Bréfritari: Sigríður Guðmundsdóttir
Viðtakandi: Jón Borgfirðings Jónsson
Dagsetning: A-1858-11-18
Skrifað á: Reykjavík  Gull.

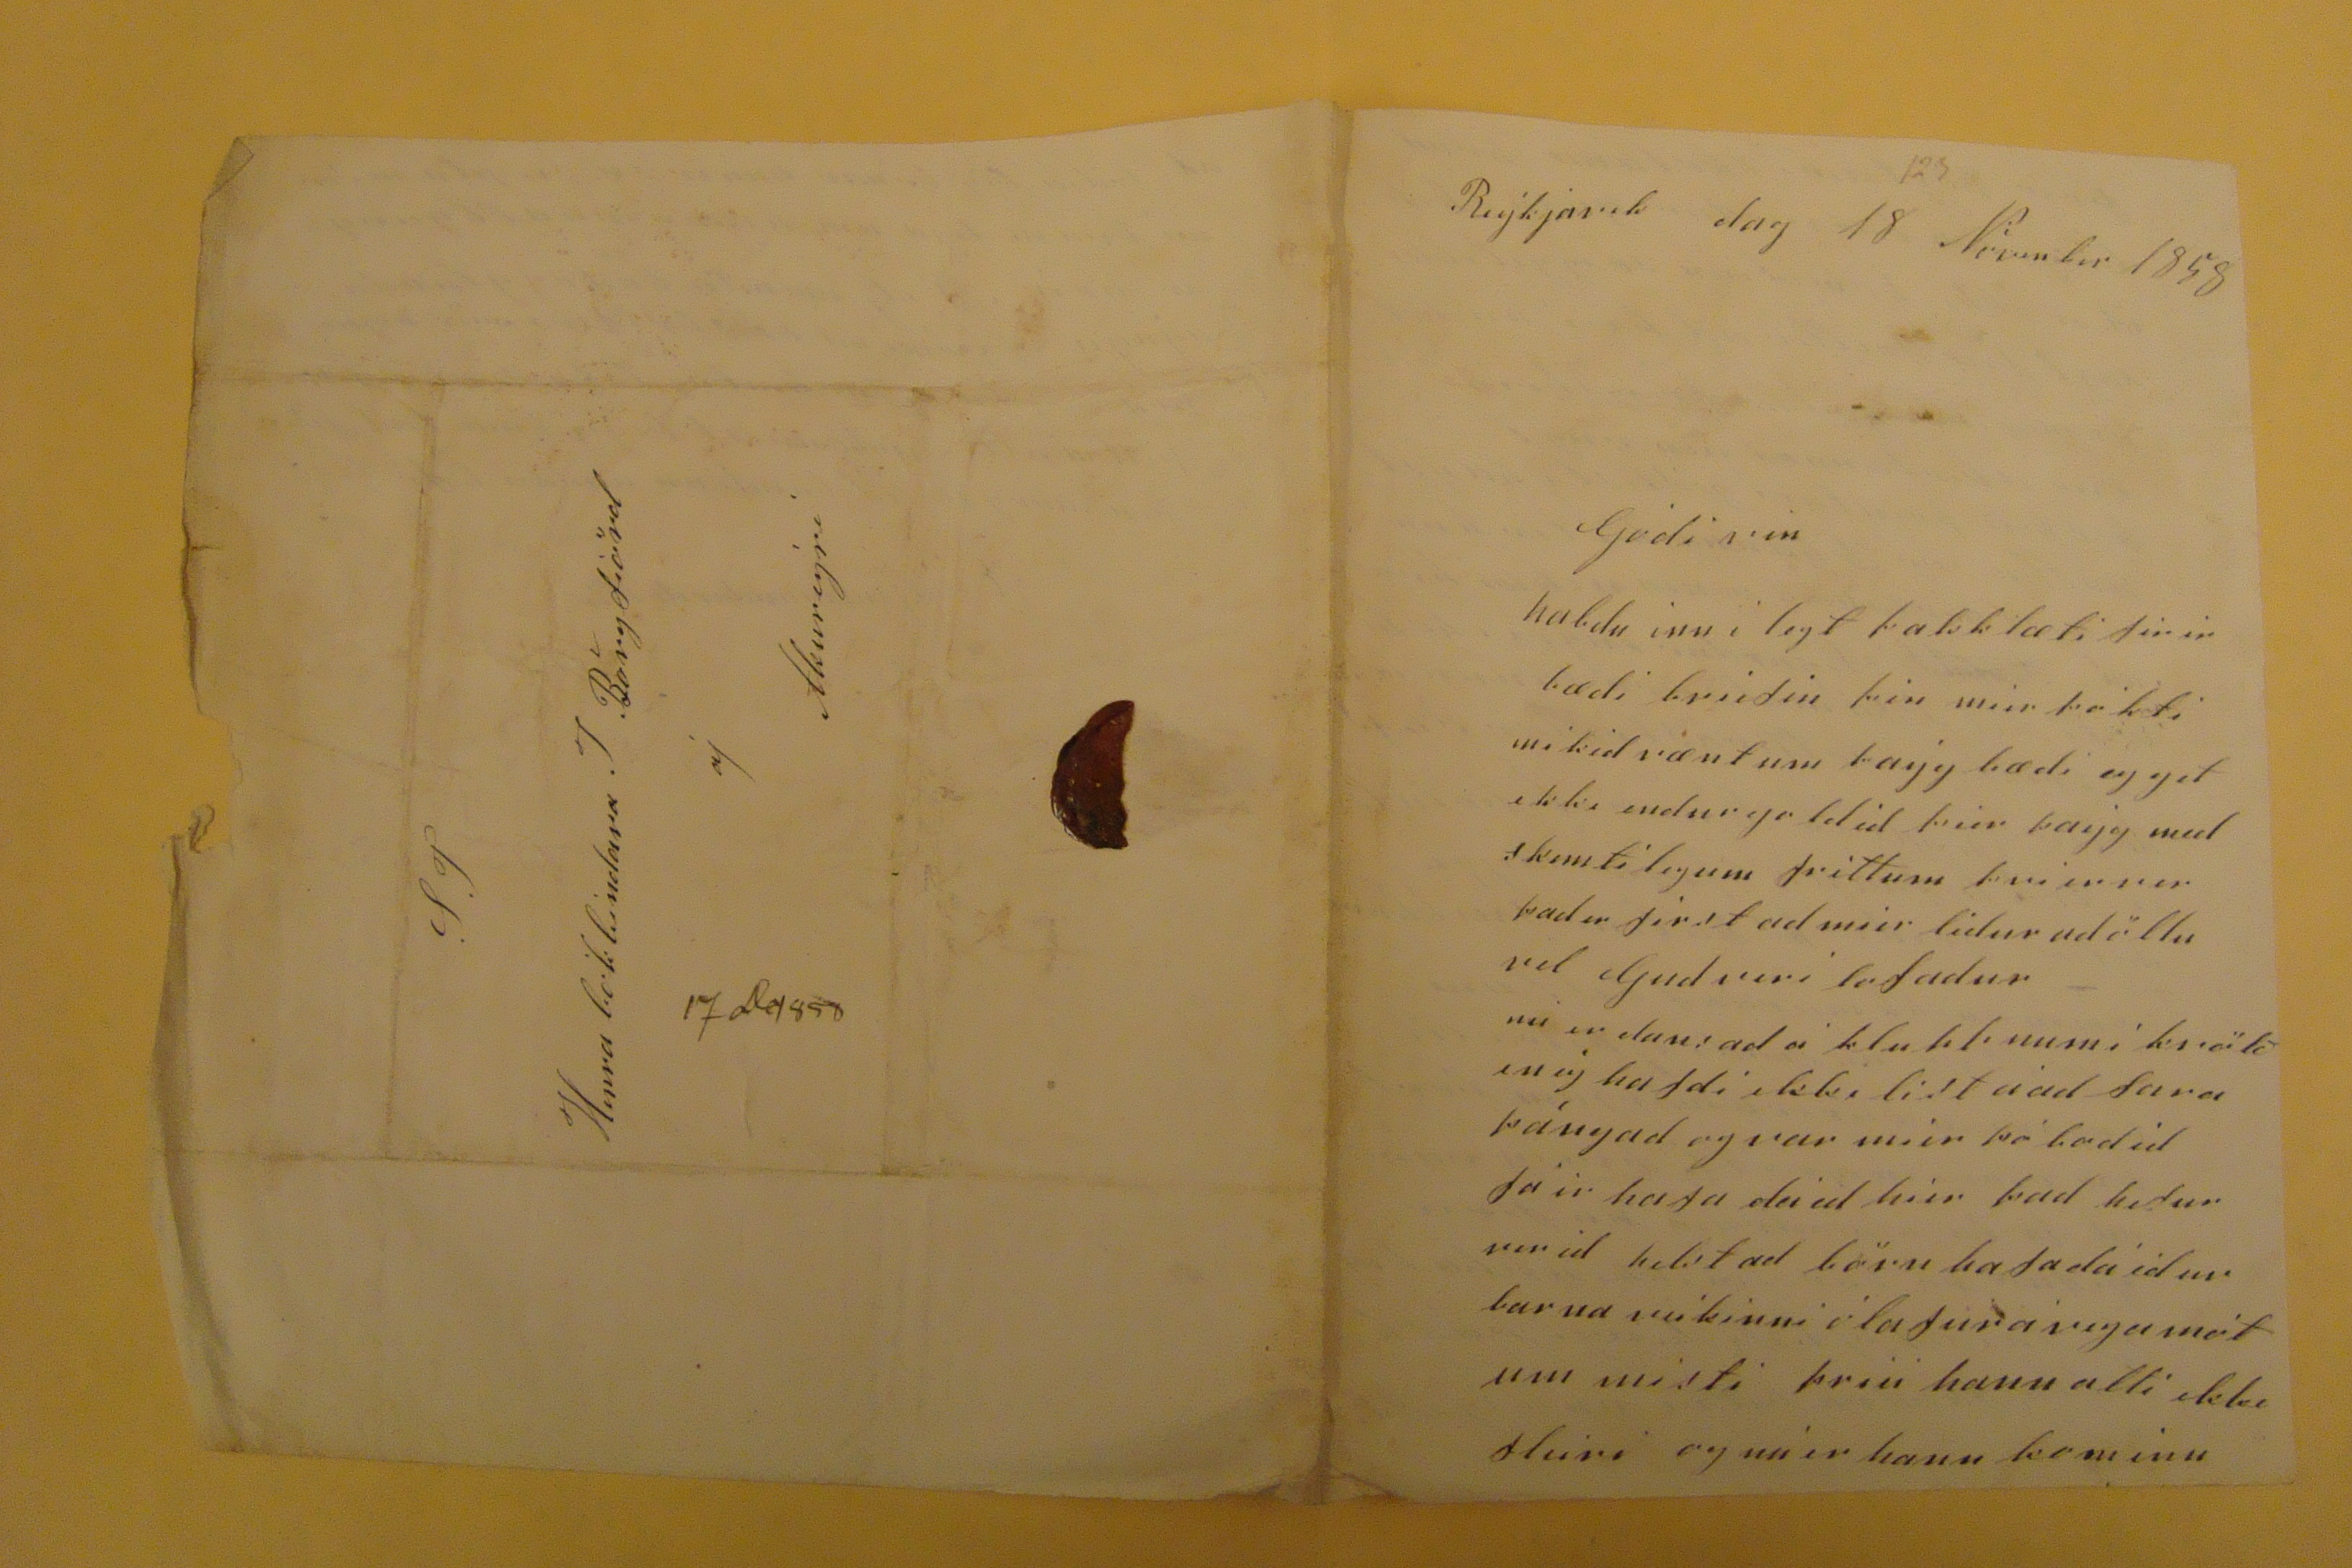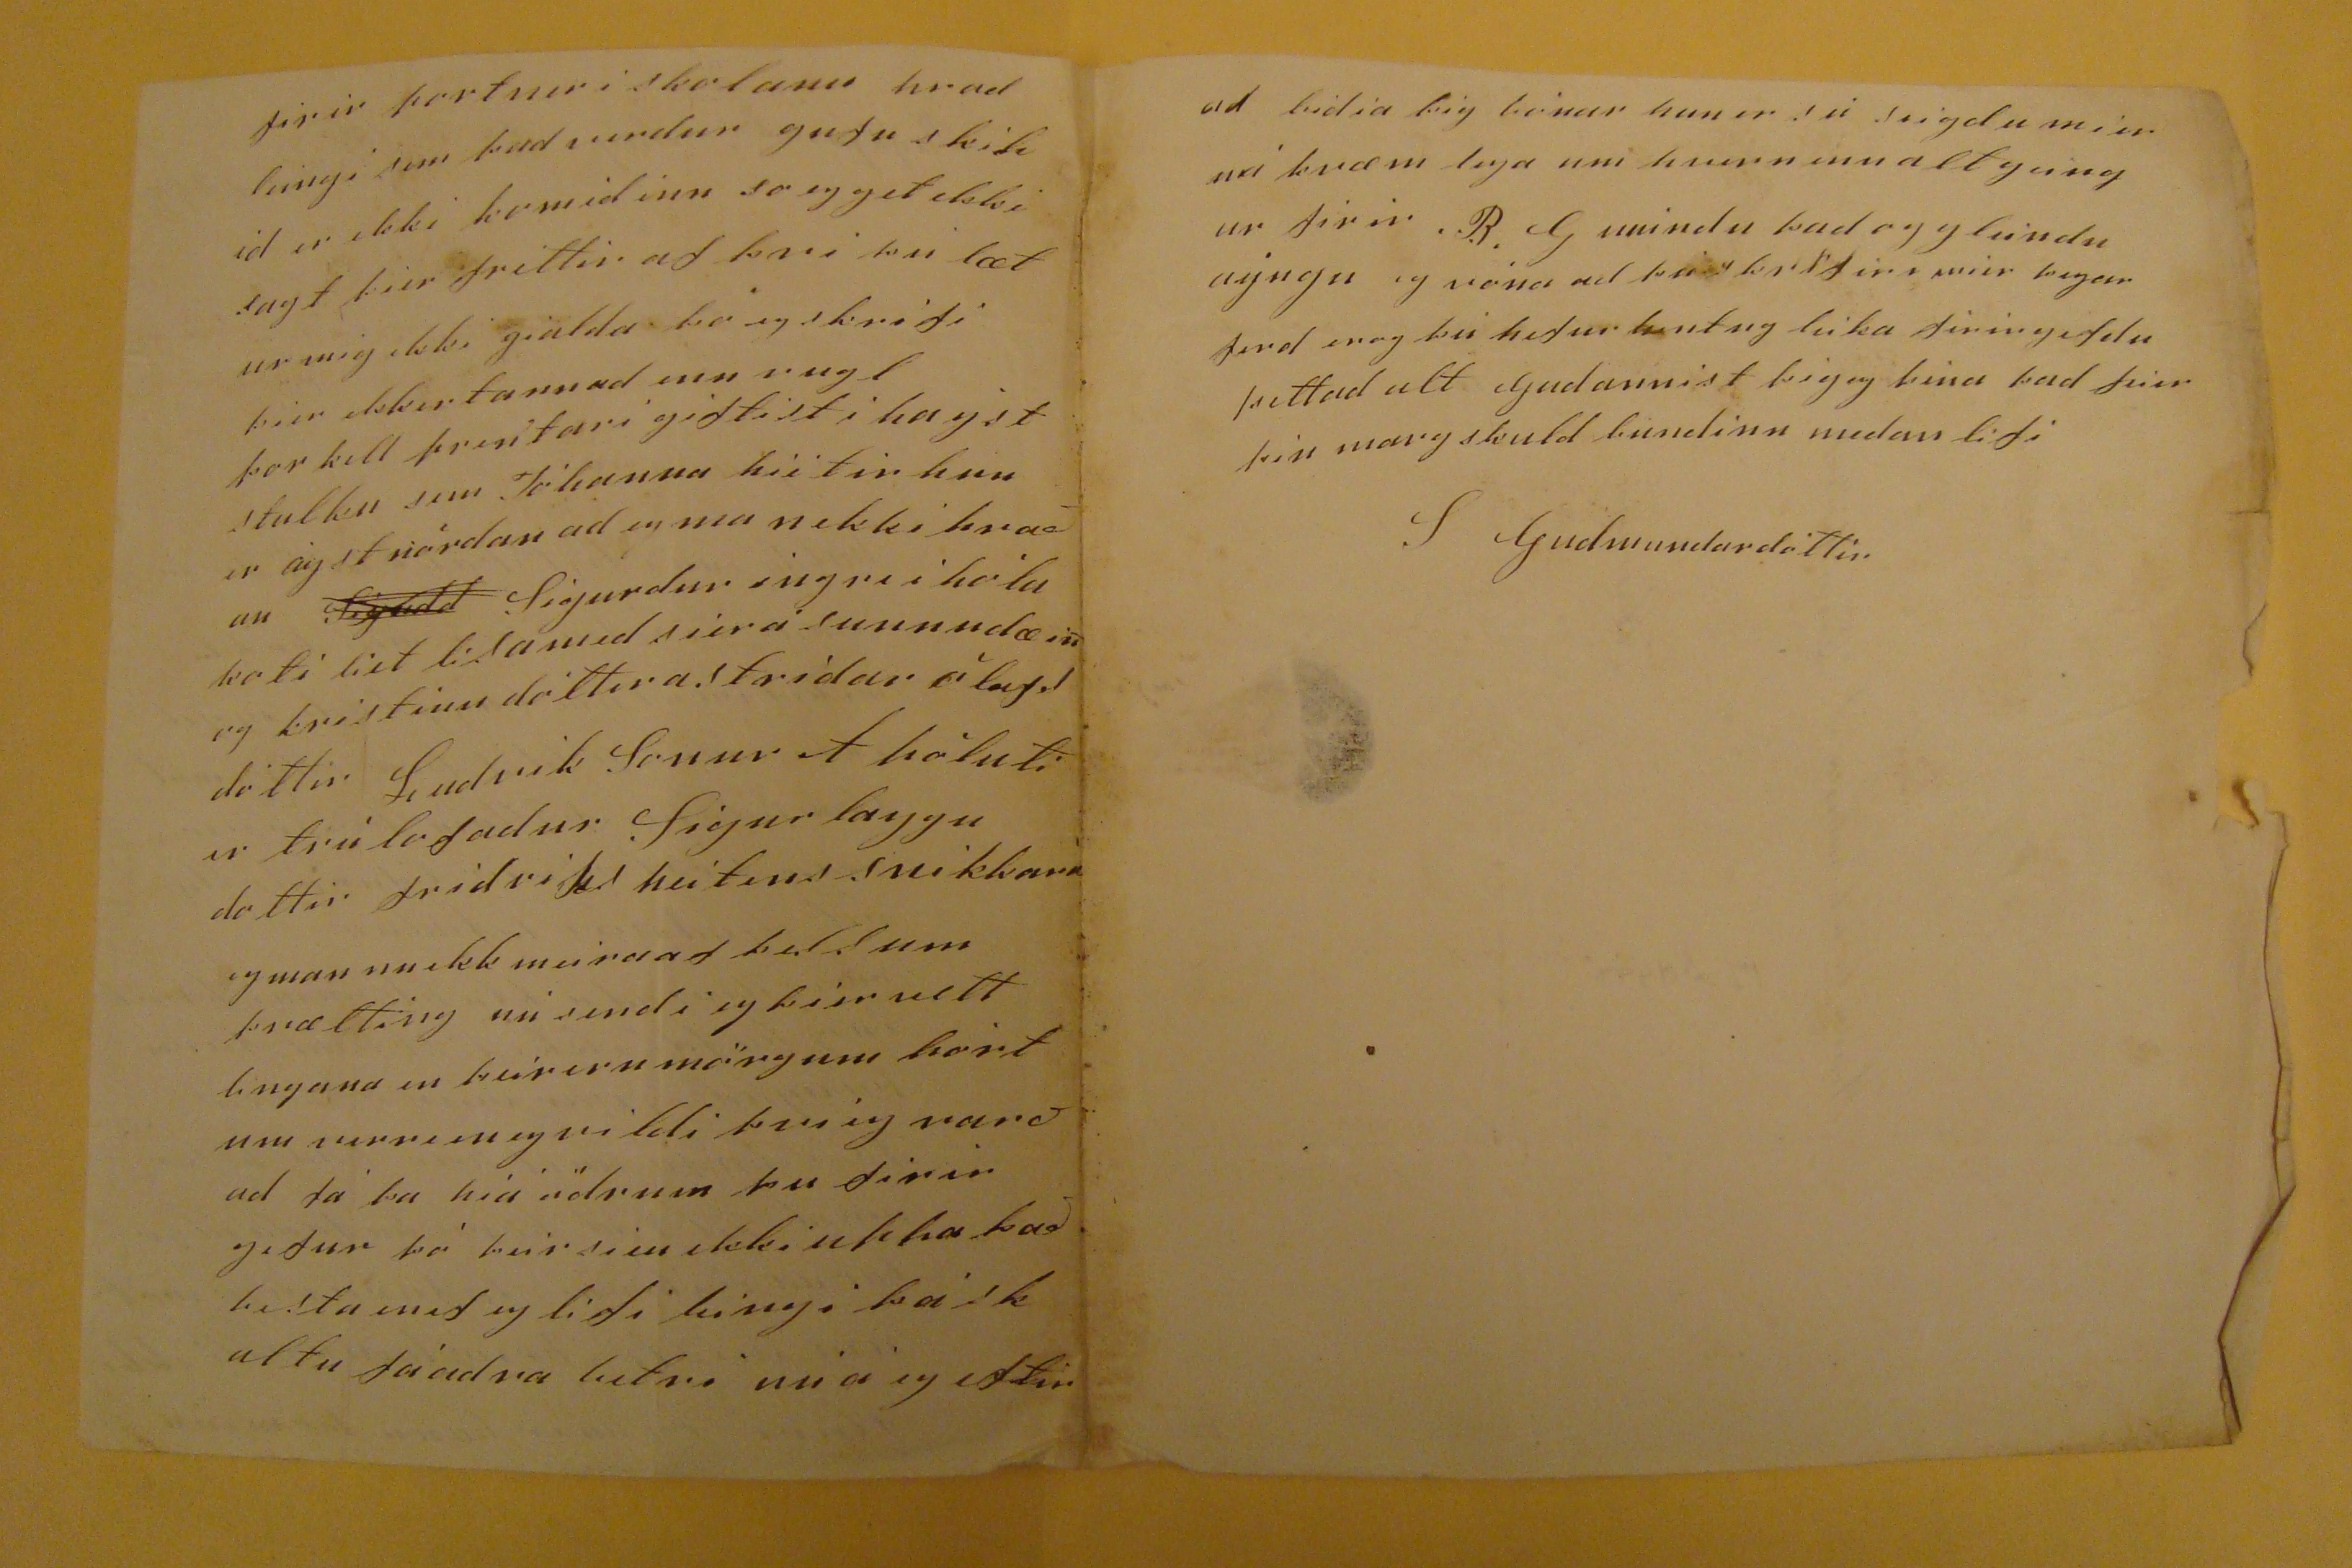

Reýkjavik dag 18 Nóvember 1858
Gódi vin
habdu inn i legt þakklæti firir bædi briefin þi mier þokti mikid væntum
þayg
bædi eg get ekki endurgoldid þier þayg med skemtilegum frittum þvi erver þad er first ad mier lidur ad öllu vel Gudveri lofadur nú er dansad á
kluppnumi kvölð
en eg hafdi ekki list a ad fara þángad og var mier þó bodid fáir hafa dáid hier þad hefur verid helstad börn hafa dáid ur barnaveikinni i ólafura vegamótum misti þriu hann atti ekki fleiri og nú er hann kominn
firir
portnir i
skolann hvad leingi sem þad verdur gufu skipid er ekki komid inn so eg get ekki sagt þier frittir af þvi þu lætur mig ekki gialda þo eg skrifi þier ekkertannad enn rugl Þorkell prentari giftist i hayst stulku sem Jóhanna heitir hun er aystnördan ad eg man ekki hvaðan
Sigudd
Sigurdur ingri i hóla koti liet
lisamed sierá
sunnudæin og kristinu dóttir astridar ólafsdóttir Ludvik Sonur
f hóluti
er trúlofadur Sigurlaygu dottir fridriks heitins snikkara eg man nu ekk meira ad
kallum
þvætting nú sendi eg þier vettlingana en þeir eru mörgum hort um verri en eg vildi þvi eg varð ad fá þa hia ödrum þu firirgefur þó þeir sieu ekki uppa það besta
inef
eg lifi leingi þá skaltu fá adra betri nú á eg eftir
ad bidia þig bónar hun er sú seigdu mier nákvæm lega um hvurt
inn altyungur
firir R.
Geindu
þad og gleindu ayngu eg vona ad
þeir kr??firi
mier þegar ferd er og þú hefur hentug leika firir gefdu þettad alt Gudannist þig og þina þad
pier
þin margskuld bundinn medan lifi
S Gudmundardóttir
ST
Herra bókbindara J Borgfiörd
á/
Akureyri